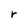
Character: r